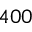
4 0 0